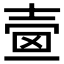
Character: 𡔫